Indian journal of veterinary science and animal husbandry - Volume 9,
Year: 1939
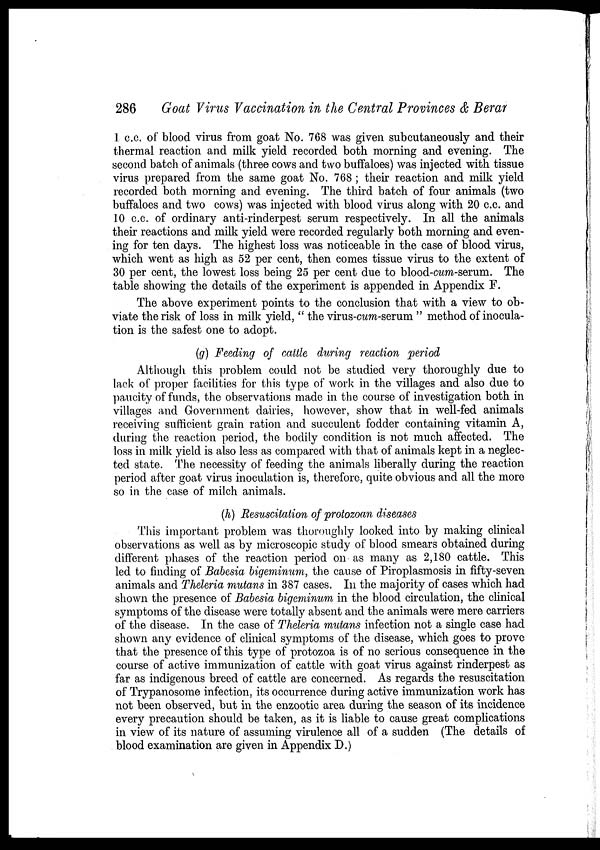
286
Goat Virus Vaccination in the Central Provinces & Berar
1 c.c. of blood virus from goat No. 768 was given subcutaneously and their
thermal reaction and milk yield recorded both morning and evening. The
second batch of animals (three cows and two buffaloes) was injected with tissue
virus prepared from the same goat No. 768 ; their reaction and milk yield
recorded both morning and evening. The third batch of four animals (two
buffaloes and two cows) was injected with blood virus along with 20 c.c. and
10 c.c. of ordinary anti-rinderpest serum respectively. In all the animals
their reactions and milk yield were recorded regularly both morning and even-
ing for ten days. The highest loss was noticeable in the case of blood virus,
which went as high as 52 per cent, then comes tissue virus to the extent of
30 per cent, the lowest loss being 25 per cent due to blood-cum-serum. The
table showing the details of the experiment is appended in Appendix F.
The above experiment points to the conclusion that with a view to ob-
viate the risk of loss in milk yield, " the virus-cum-serum " method of inocula-
tion is the safest one to adopt.
(g) Feeding of cattle during reaction period
Although this problem could not be studied very thoroughly due to
lack of proper facilities for this type of work in the villages and also due to
paucity of funds, the observations made in the course of investigation both in
villages and Government dairies, however, show that in well-fed animals
receiving sufficient grain ration and succulent fodder containing vitamin A,
during the reaction period, the bodily condition is not much affected. The
loss in milk yield is also less as compared with that of animals kept in a neglec-
ted state. The necessity of feeding the animals liberally during the reaction
period after goat virus inoculation is, therefore, quite obvious and all the more
so in the case of milch animals.
(h) Resuscitation of protozoan diseases
This important problem was thoroughly looked into by making clinical
observations as well as by microscopic study of blood smears obtained during
different phases of the reaction period on as many as 2,180 cattle. This
led to finding of Babesia bigeminum, the cause of Piroplasmosis in fifty-seven
animals and Theleria mutans in 387 cases. In the majority of cases which had
shown the presence of Babesia bigeminum in the blood circulation, the clinical
symptoms of the disease were totally absent and the animals were mere carriers
of the disease. In the case of Theleria mutans infection not a single case had
shown any evidence of clinical symptoms of the disease, which goes to prove
that the presence of this type of protozoa is of no serious consequence in the
course of active immunization of cattle with goat virus against rinderpest as
far as indigenous breed of cattle are concerned. As regards the resuscitation
of Trypanosome infection, its occurrence during active immunization work has
not been observed, but in the enzootic area during the season of its incidence
every precaution should be taken, as it is liable to cause great complications
in view of its nature of assuming virulence all of a sudden (The details of
blood examination are given in Appendix D.)